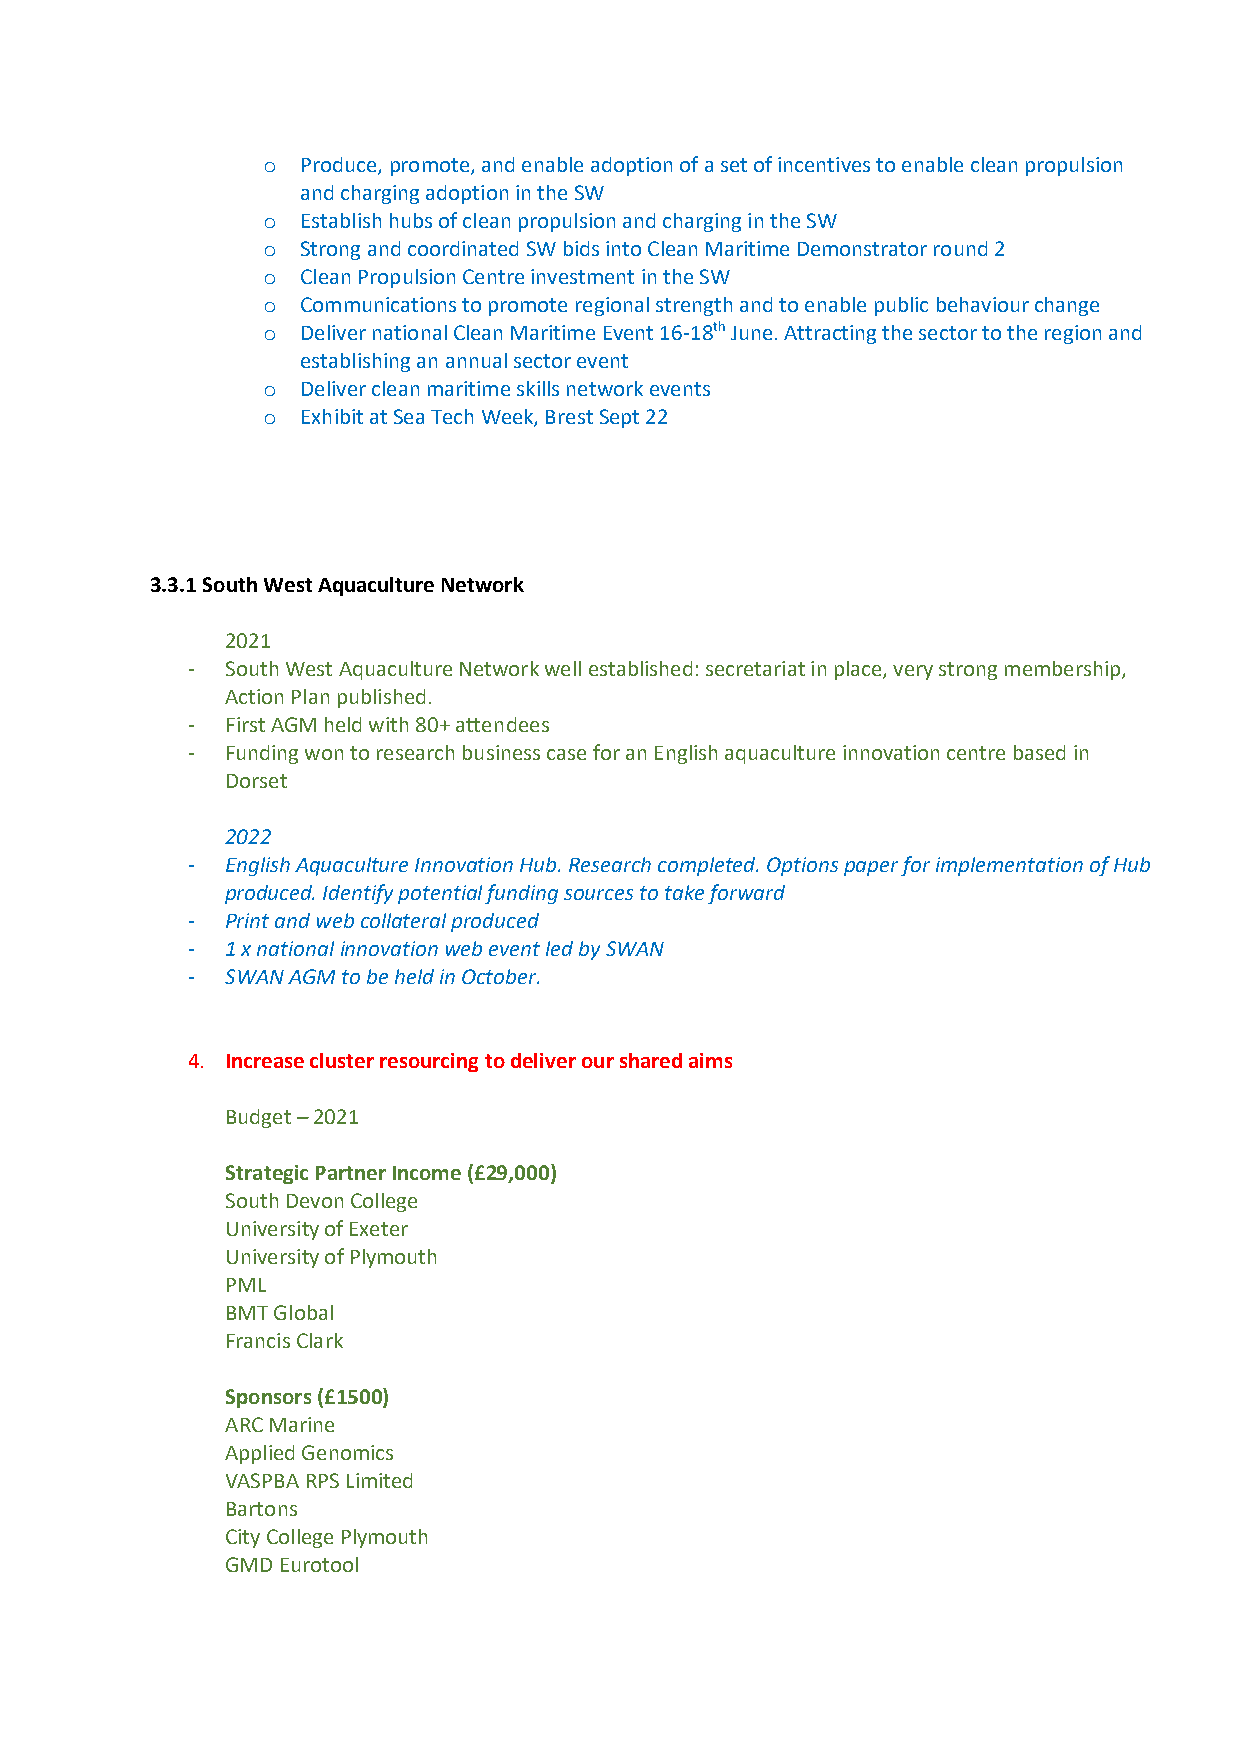
o  Produce, promote, and enable adoption of a set of incentives to enable clean propulsion
 and charging adoption in the SW
 o  Establish hubs of clean propulsion and charging in the SW
 o  Strong and coordinated SW bids into Clean Maritime Demonstrator round 2
 o  Clean Propulsion Centre investment in the SW
 o  Communications to promote regional strength and to enable public behaviour change
 o  Deliver national Clean Maritime Event 16-18th June. Attracting the sector to the region and
 establishing an annual sector event
 o  Deliver clean maritime skills network events
 o  Exhibit at Sea Tech Week, Brest Sept 22
 3.3.1 South West Aquaculture Network
 2021
 -  South West Aquaculture Network well established: secretariat in place, very strong membership,
 Action Plan published.
 -  First AGM held with 80+ attendees
 -  Funding won to research business case for an English aquaculture innovation centre based in
 Dorset
 2022
 -  English Aquaculture Innovation Hub. Research completed. Options paper for implementation of Hub
 produced. Identify potential funding sources to take forward
 -  Print and web collateral produced
 -  1 x national innovation web event led by SWAN
 -  SWAN AGM to be held in October.
 4. Increase cluster resourcing to deliver our shared aims
 Budget – 2021
 Strategic Partner Income (£29,000)
 South Devon College
 University of Exeter
 University of Plymouth
 PML
 BMT Global
 Francis Clark
 Sponsors (£1500)
 ARC Marine
 Applied Genomics
 VASPBA RPS Limited
 Bartons
 City College Plymouth
 GMD Eurotool